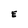
Character: E